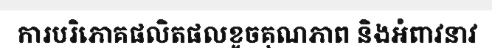
ការបរិភោគផលិតផលខូចគុណភាព និងអំពាវនាវ